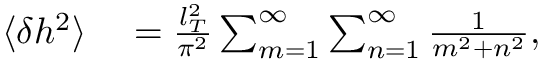
\begin{array} { r l } { \langle \delta h ^ { 2 } \rangle } & { { } = \frac { l _ { T } ^ { 2 } } { \pi ^ { 2 } } \sum _ { m = 1 } ^ { \infty } \sum _ { n = 1 } ^ { \infty } \frac { 1 } { m ^ { 2 } + n ^ { 2 } } , } \end{array}